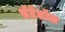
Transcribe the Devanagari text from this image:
सॅटॅलॉल